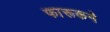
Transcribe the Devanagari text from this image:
फारूकने